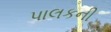
પાલકની